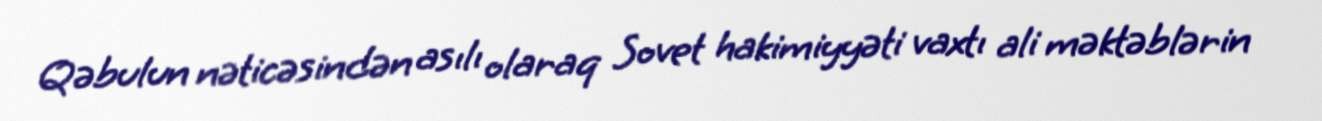
Qəbulun nəticəsindən asılı olaraq Sovet hakimiyyəti vaxtı ali məktəblərin